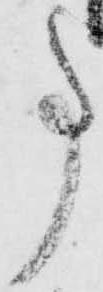
事